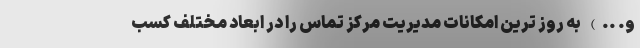
و. ..) به روز ترین امکانات مدیریت مرکز تماس را در ابعاد مختلف کسب